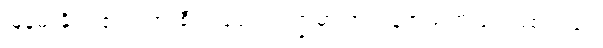
မြန်မာနိုင်ငံ၏တရားစီရင်ရေး ကဏ္ဍမှာ အကန့်အသတ်ဖြင့် ဖြစ်သည်။